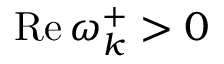
\operatorname { R e } \omega _ { k } ^ { + } > 0